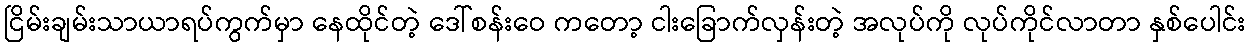
ငြိမ်းချမ်းသာယာရပ်ကွက်မှာ နေထိုင်တဲ့ ဒေါ်စန်းဝေ ကတော့ ငါးခြောက်လှန်းတဲ့ အလုပ်ကို လုပ်ကိုင်လာတာ နှစ်ပေါင်း